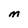
Character: M